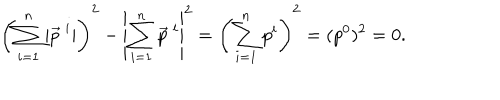
LaTeX: \left( \sum _ { i = 1 } ^ { n } | \vec { p } ^ { \ i } | \right) ^ { 2 } - \left| \sum _ { i = 1 } ^ { n } \vec { p } ^ { \ i } \right| ^ { 2 } = \left( \sum _ { i = 1 } ^ { n } p ^ { i } \right) ^ { 2 } = ( p ^ { 0 } ) ^ { 2 } = 0 .